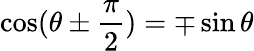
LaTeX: \cos(\theta\pm{\frac{\pi}{2}})=\mp\sin\theta